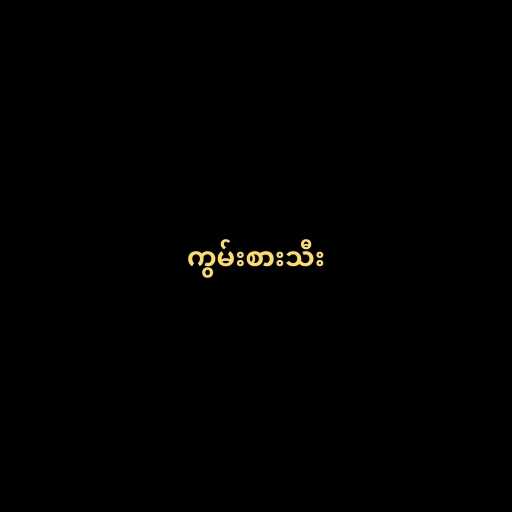
ကွမ်းစားသီး